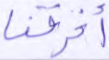
أغرقنا